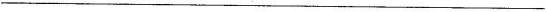
___